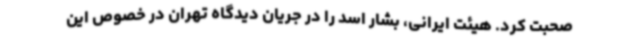
صحبت کرد. هیئت ایرانی، بشار اسد را در جریان دیدگاه تهران در خصوص این